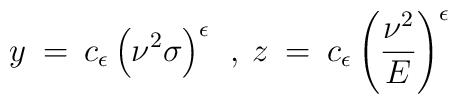
y \> = \> c_{\epsilon} \left (\nu^2 \sigma \right )^{\epsilon} \> \> ,\>z \> = \>  c_{\epsilon} \left ( \frac{\nu^2}{E} \right )^{\epsilon}